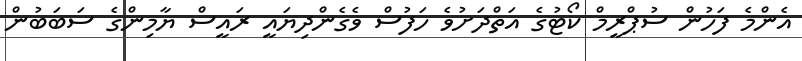
އެންމެ ފަހުން ސުޕްރީމް ކޯޓުގެ އަތްދަށުވެ ހަފުސް ވެގެންދިޔައީ ރައީސް ޔާމިންގެ ސަބަބުން